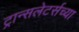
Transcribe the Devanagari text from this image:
ट्रान्सलेटर्सच्या